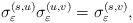
LaTeX: \begin{align*} {\sigma}_\varepsilon^{(s, u)} {\sigma}_\varepsilon^{(u,v )} = {\sigma}_\varepsilon^{(s, v)},\end{align*}